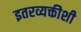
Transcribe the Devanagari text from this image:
इतरव्यक्तीशी